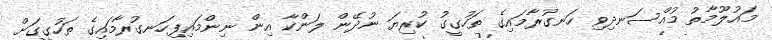
މައުލޫމާތު މުއްސަނދިވި ހަނގުރާމައިގެ ތަހުގީގު ކުރިޔަ ނުދޭން ލަންކާ އިން ނިންމައިފިހަނގުރާމައިގެ ތަހުގީގަށް